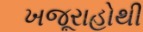
ખજૂરાહોથી